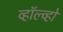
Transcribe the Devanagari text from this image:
व्हॉल्व्हो